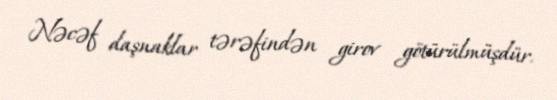
Nəcəf daşnaklar tərəfindən girov götürülmüşdür.